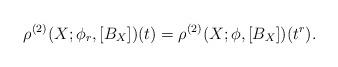
LaTeX: \begin{align*}\rho^{(2)}(X;\phi_r,[B_X])(t) = \rho^{(2)}(X;\phi,[B_X])(t^r).\end{align*}